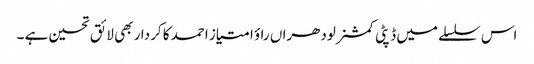
اس سلسلے میں ڈپٹی کمشنر لودھراں راؤ امتیاز احمد کا کردار بھی لائق تحسین ہے ۔